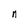
Character: n